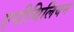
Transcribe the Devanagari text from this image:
एपीथिलियम